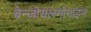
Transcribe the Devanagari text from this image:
बेन्ज़ोयलगोनाइन